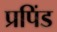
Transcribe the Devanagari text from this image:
प्रपिंड